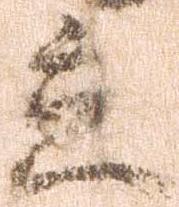
立